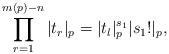
LaTeX: \begin{align*} \prod^{m(p)-n}_{r=1}|t_r|_p = |t_l|^{s_1}_p|s_1!|_p,\end{align*}